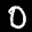
Label: 0